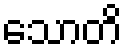
သောတိ